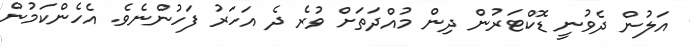
އަލުން ދެވުނީ ޑޮކްޓަރުން ދިން މުއްދަތަށް ވުރެ ދެ އަހަރު ފަހުންނެވެ. އެހެންކަމުން